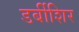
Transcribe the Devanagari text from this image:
डर्बीशिर